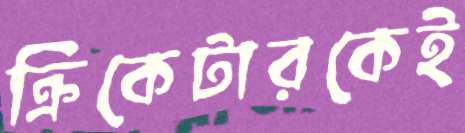
ক্রিকেটারকেই